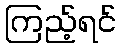
ကြည့်ရင်